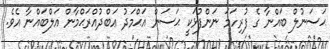
ޙަސަނުލް ބައްނާ ގެ ފުރިހަމަ ނަންފުޅަކީ ޙަސަން އަޙްމަދު ޢަބްދުއްރަޙްމާން އަލްބައްނާ އެވެ.